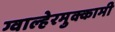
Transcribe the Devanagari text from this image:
ग्वाल्हेरमुक्कामी